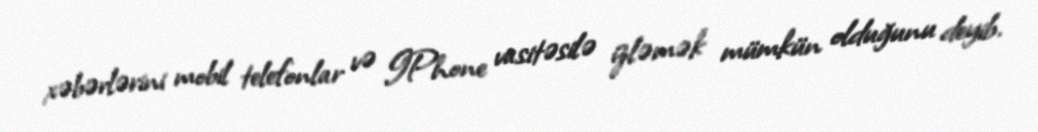
xəbərlərini mobil telefonlar və IPhone vasitəsilə izləmək mümkün olduğunu deyib.